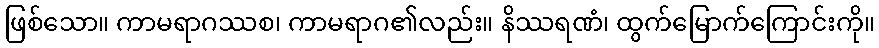
ဖြစ်သော။ ကာမရာဂဿစ၊ ကာမရာဂ၏လည်း။ နိဿရဏံ၊ ထွက်မြောက်ကြောင်းကို။